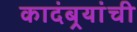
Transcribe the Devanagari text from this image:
कादंबर्‍यांंची